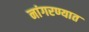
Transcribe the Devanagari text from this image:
नांगरण्यात